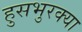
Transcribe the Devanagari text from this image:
हुसभुरक्या